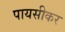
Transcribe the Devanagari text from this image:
पायसीकर